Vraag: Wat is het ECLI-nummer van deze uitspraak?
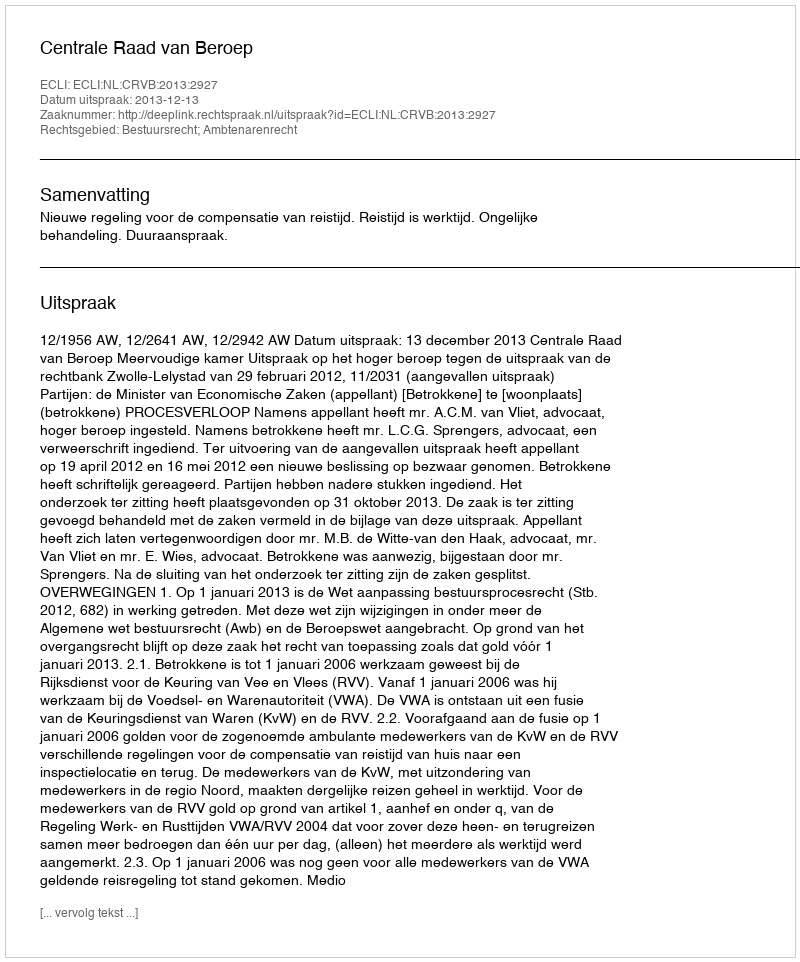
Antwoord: ECLI:NL:CRVB:2013:2927